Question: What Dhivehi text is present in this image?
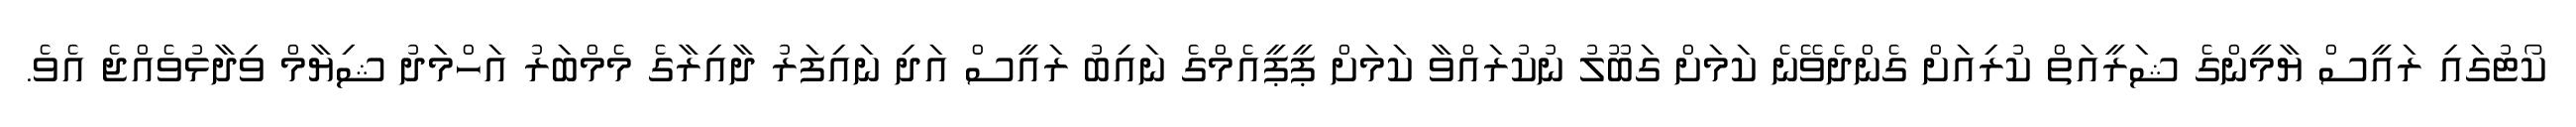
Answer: ކޯޓުގައި ރައީސް ޔާމީންގެ ޝަރީއަތް ކުރިއަށް ގެންދެވޭނެ ކަމަށް ގަބޫލު ނުކުރައްވާ ކަމަށް ޕީޕީއެމްގެ ނައިބު ރައީސް އަދި ނައިފަރު ދާއިރާގެ މެމްބަރު އަހްމަދު ޝިޔާމް ވިދާޅުވެއްޖެ އެވެ.